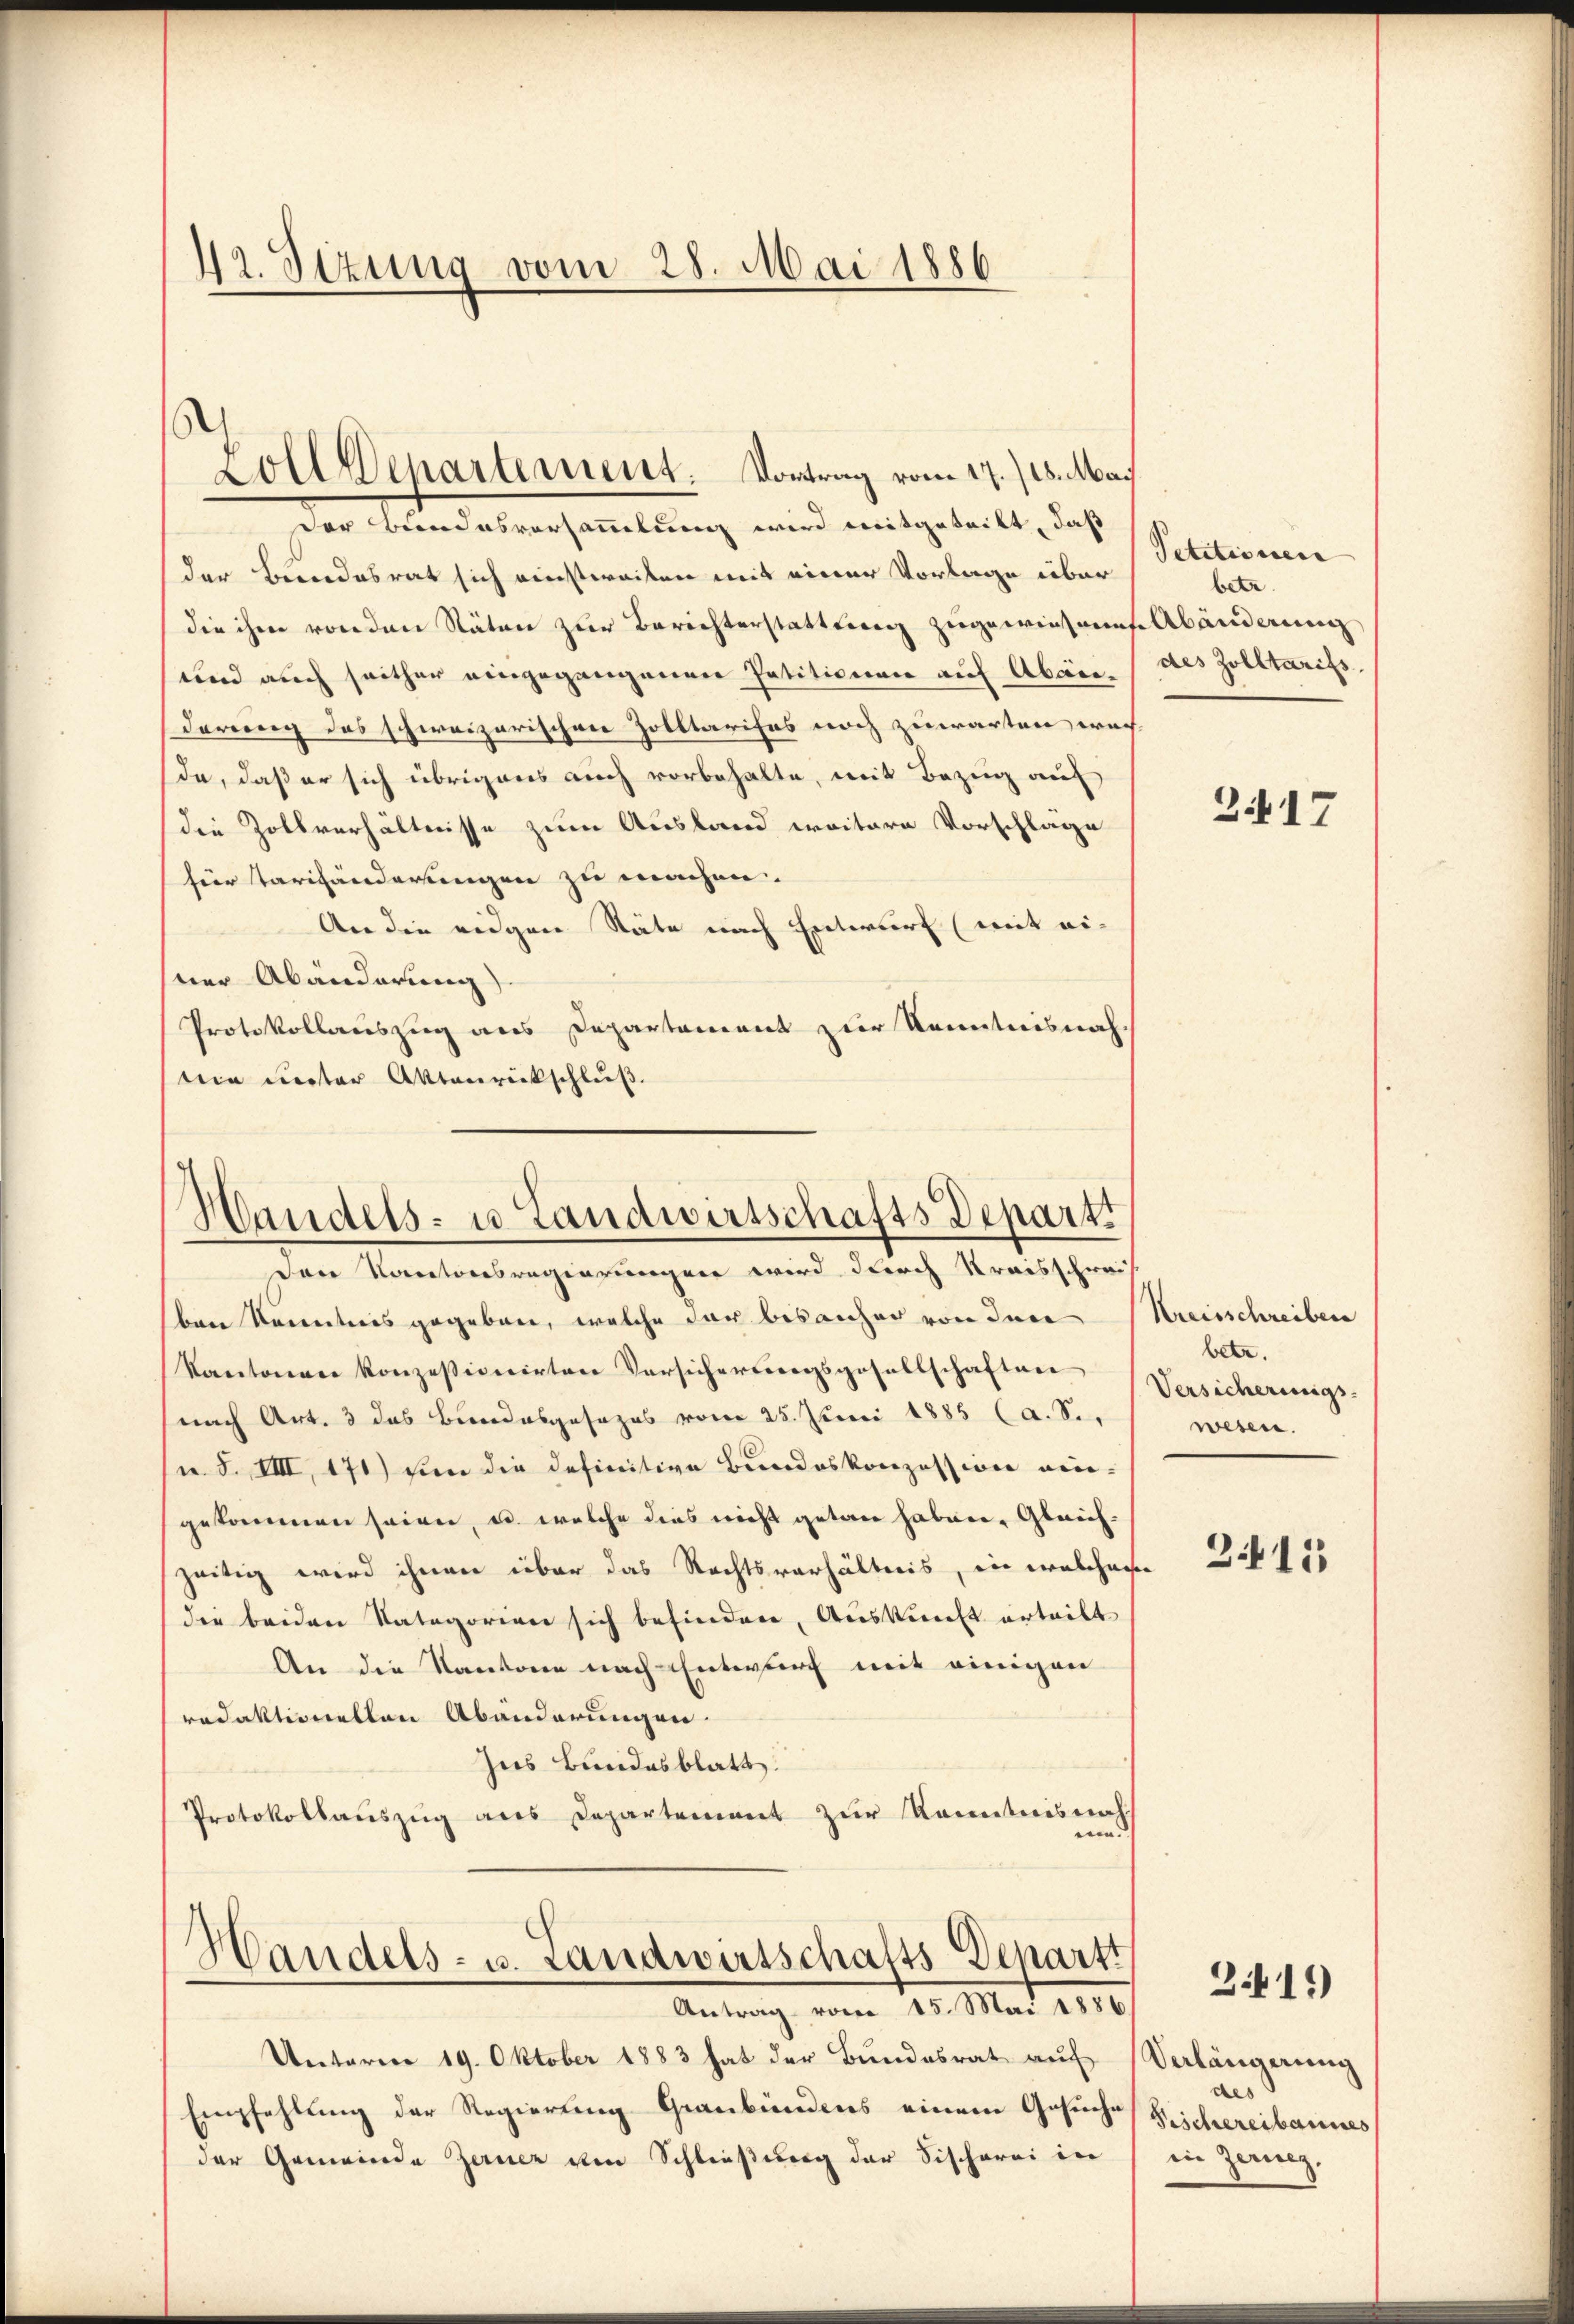
42. Sizung vom 28. Mai 1886

Der Bundesversammlung wird mitgeteilt, daß
der Bundesrat sich einstweisen mit einer Vorlage über
die ihm von den Räten zur Berichterstattung zugewiesen
und auch seither eingegangenen Petitionen auf Abänderung des schweizerischen Zolltarises noch zuwarten wei
da, daß er sich übrigens auch vorbehalte, mit Bezug auf
die Zollverhältnisse zum Ausland weitere Vorschläge
für Tarihänderungen zu machen.
An die eidgen Stäte nach Enterwort (mit ei-
sner Abänderung)
Protokollauszug aus Departement zur Kenntnisnah
tein unter Aktenrückschluß.

Zoll Departement. Vortrag vom 17./18. Mai

Handels- u Landwirtschafts Departs
Den Kantonsregierungen wird durch Kreisschrei

ben Kenntnis gegeben, welche der bisanher von dere Kreisschreiben
Kantonen konzessionirten Versicherungsgesellschaften
nach Art. 3 das Bundesgesezes vom 25. Juni 1885 (a. S.
u. S. VIII, 171) von die definitive Bundeskonzession ein-
gekommen seien, u. welche dies nicht getan haben, Gleichzeitig wird ihnen über das Rechtsverhältnis, in welchere
die beiden Vategorien sich befinden, Auskunft erteilt
An die Kantone nach Entwurf mit einigen
redaktionellen Abänderungen.
Ins Bundesblatt.
Protokollauszug aus Departement zur Kenntnisnah
e.

Handels- u. Landwirtschafts-Departi
Antrag vom 15. Mai 1850.

Unterm 19. Oktober 1883 hat der Bundesrat auf
Empfehlung der Regierung Graubündens einem Gesuche Reichereibannes
der Gemeinde Zeiner von Schließung der Fischerei in

Petitionen
betr.
Abänderung
des Zolltarifs

2417

betr.
Versicherungs-
wesen.

211

3441)

Verlängerung
des
in Zering,